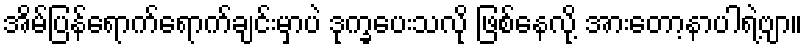
အိမ်ပြန်ရောက်ရောက်ချင်းမှာပဲ ဒုက္ခပေးသလို ဖြစ်နေလို့ အားတော့နာပါရဲ့ဗျာ။